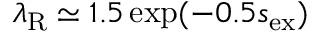
\lambda _ { \mathrm { R } } \simeq 1 . 5 \exp ( - 0 . 5 s _ { \mathrm { e x } } )